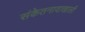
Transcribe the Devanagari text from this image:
संकेतनावाखाली